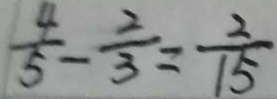
\frac { 4 } { 5 } - \frac { 2 } { 3 } = \frac { 2 } { 1 5 }